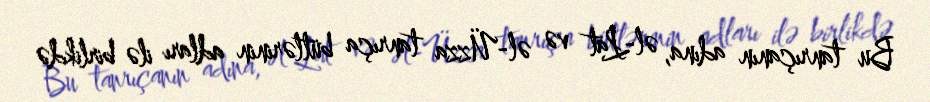
Bu tanrıçanın adına, əl-Lat və əl-Üzza tanrıça bütlərinin adları ilə birlikdə